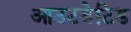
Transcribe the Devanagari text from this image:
आउटडेटिड